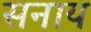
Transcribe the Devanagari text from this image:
सनाय